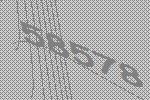
58578